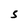
Character: S